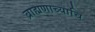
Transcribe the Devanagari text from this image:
ब्राह्मणाच्याचि